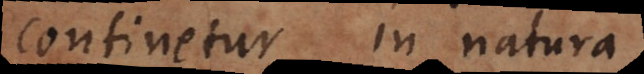
continetur in natura